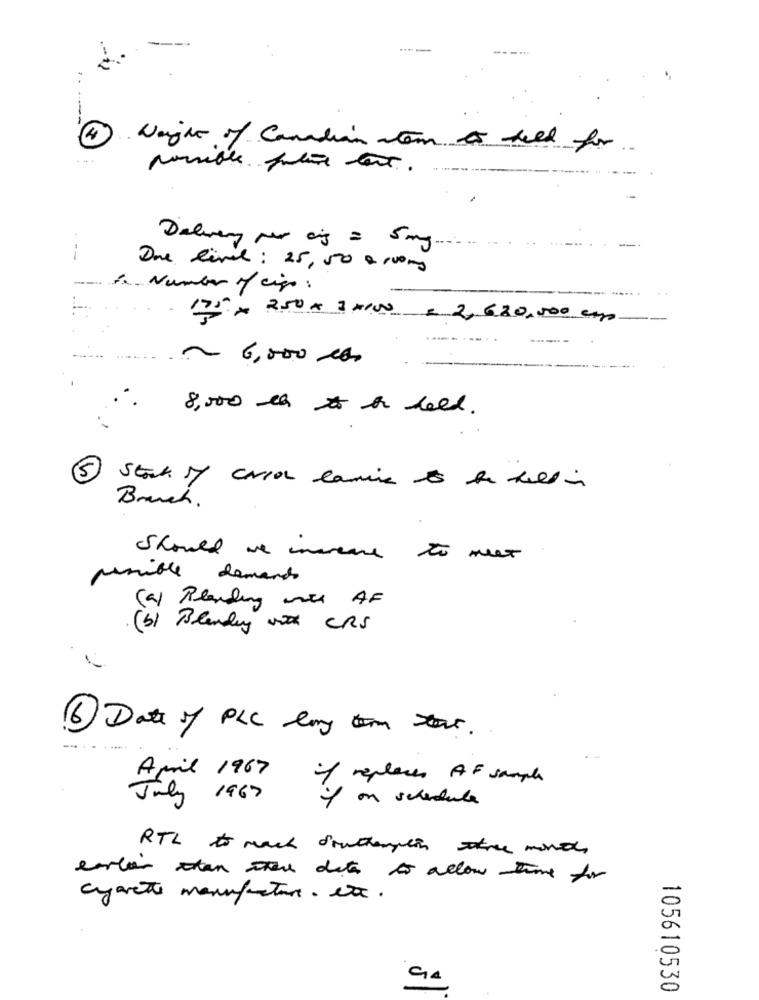
---...
----
Weight of Canadian atom & held for
possible future test.
Delivery per cing = 5 mg ..
---
Due live : 25,50 200 mg
a Number of ciao:
175 - 2.50 € 30100 = 2, 620,000 ups
-----
~ 6,000 10.
8,000 th to to leed.
5 Stack of carson lanie ts to tell in
Branch.
Should we invece to meet
possible demands
(4) Blanding with AF
(b) Blandly with CRS
6 Date of PLC eng tom that.
April 1967
of replaces AF sample
July 1967
on schedule
RTL to mach Southampton three months
carlos oten ere dete to allow time for
cyarete manufacture. etc.
105610530